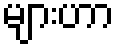
များဟာ